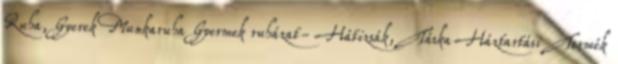
Ruha, Gyerek Munkaruha Gyermek ruházat- Hátizsák, Táska Háztartási Termék